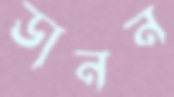
ডানন